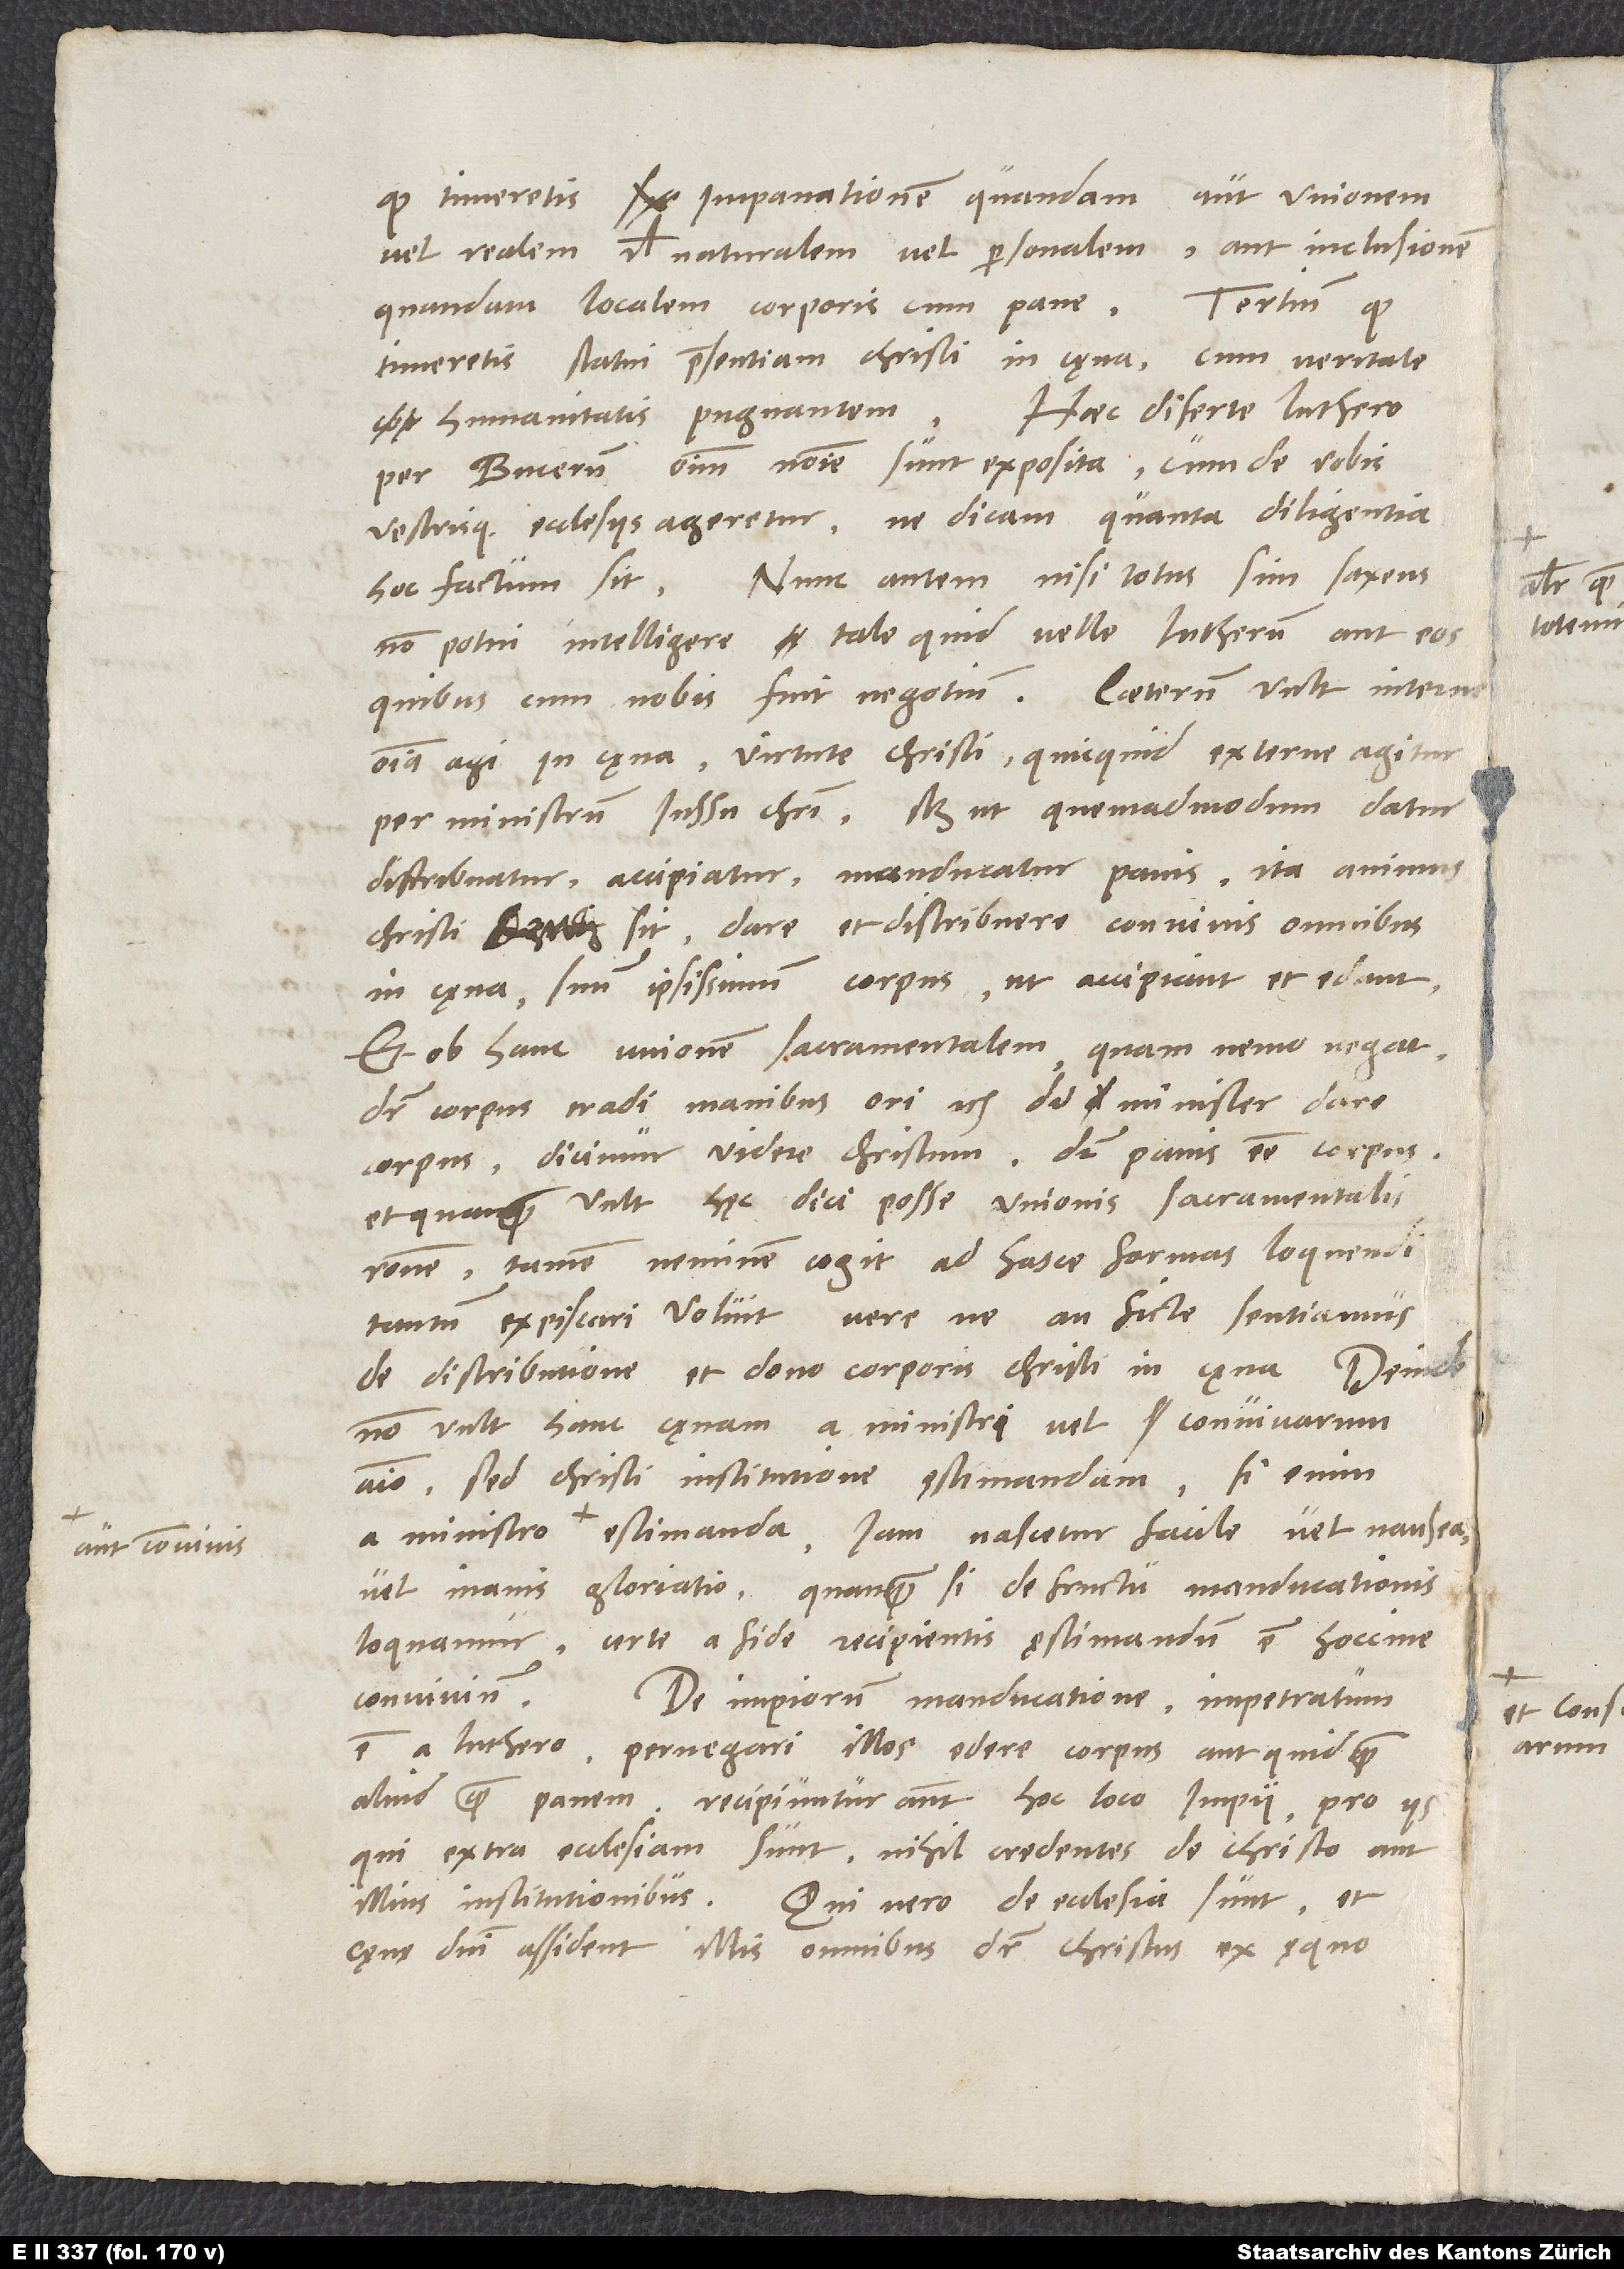
aut convivis

quod Umeretis impanationem quandam aut unionem
vel realem vel naturalem vel personalem aut inclusionem
quandam localem corporis cum pane. Tertium, quod
Umeretis statui praesentiam Christi in cęna cum veritate
Haec diserte Luthero
humanitatis pugnantern.
per Bucerum omnium nomine sunt exposita. Cum de vobis
vestrisque ecclesiis ageretur, ne dicam, quanta diligentia
Nunc autem, nisi totus sim saxeus,
hoc factum sit.
non potui intelligere tale quid velle Lutherum aut eos,
omnia agi in cęna virtute Christi, quicquid externe agitur
per ministrum iussu Christi, scilicet ut, quemadmodum datur,
distribuatur, accipiatur, manducatur panis, ita animus
Christi sit dare et distribuere convivis omnibus
in cęna suum ipsissimum corpus, ut accipiant et edant.
Et ob hanc unionem sacramentalem, quam nemo negat,
dicitur corpus tradi manibus, on etc., dicitur minister dare
corpus, dicimur videre Christum, dicitur panis esse corpus.
Et quanquam vult hęc dici posse unionis sacramentalis
ratione, tamen neminem cogit ad hasce formas loquendi.
Tantum expiscari voluit, verene an ficte sentiamus
de distributione et dono corporis Christi in cęna.
non vult hanc cęnam a ministri vel convivarum
animo, sed Christi institutione ęstimandam. Si enim
vel inanis gloriatio. Quanquam, si de fructu manducationis
loquamur, certe a fide recipientis ęstimandum est hoccine
De impiorum manducatione impetratum
est a Luthero pernegari illos edere corpus aut quidquam
aliud quam panem. Recipiuntur autem hoc loco impii pro iis,
qui extra ecclesiam sunt nihil credentes de Christo aut
illius institutionibus. Qui vero de ecclesia sunt et
caenae domini assident, illis omnibus dicitur Christus ex aequo

aliter quam